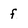
Character: f